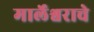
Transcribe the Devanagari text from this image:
मार्लेश्वराचे